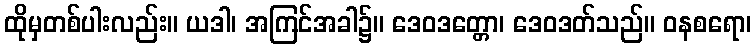
ထိုမှတစ်ပါးလည်း။ ယဒါ၊ အကြင်အခါ၌။ ဒေဝဒတ္တော၊ ဒေဝဒတ်သည်။ ဝနစရော၊